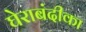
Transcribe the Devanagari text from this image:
घेराबंदीका